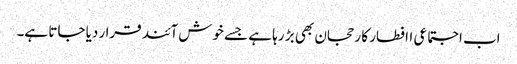
اب اجتماعی اافطار کا رحجان بھی بڑ رہا ہے جسے خوش آئند قرا ر دیا جاتا ہے۔